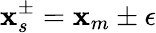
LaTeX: \mathbf{x}_{s}^{\pm}=\mathbf{x}_{m}\pm\epsilon